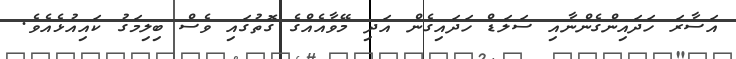
އަސާރަ ހަދައިންގެންނާއި ސަލަޑް ހަދައިގެން އަދި މޭވާއެއްގެ ގޮތުގައި ވެސް ބިލިމަގު ކައިއުޅެއެވެ.